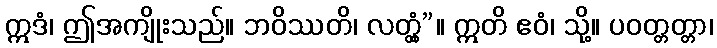
ဣဒံ၊ ဤအကျိုးသည်။ ဘဝိဿတိ၊ လတ္တံ့”။ ဣတိ ဧဝံ၊ သို့။ ပဝတ္တတ္တာ၊